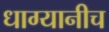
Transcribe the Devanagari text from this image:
धाग्यानीच